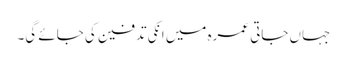
جہاں جاتی عمرہ میں انکی تدفین کی جائے گی۔